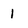
Character: 1